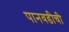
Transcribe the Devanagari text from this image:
पानवडीची